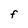
Character: F